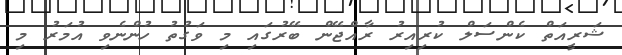
ޝަރީއަތް ކެންސަލް ކުރިއިރު ރާއްޖޭން ބޭރުގައި މި ވަގުތު ހުންނެވި އުމަރު މި